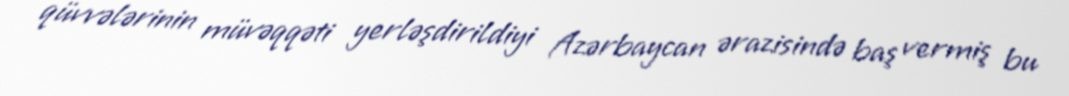
qüvvələrinin müvəqqəti yerləşdirildiyi Azərbaycan ərazisində baş vermiş bu